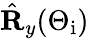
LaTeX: \hat{\mathbf{R}}_{y}(\Theta_{\mathrm{i}})